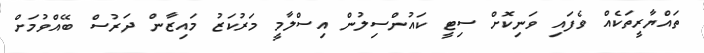
ތައްޔާރީތަކެއް ވެފައި ވަނިކޮށް ސިޓީ ކައުންސިލުން އިސްލާމީ މަރުކަޒު މައިޒާން ދަރުސް ބޭއްވުމަށް